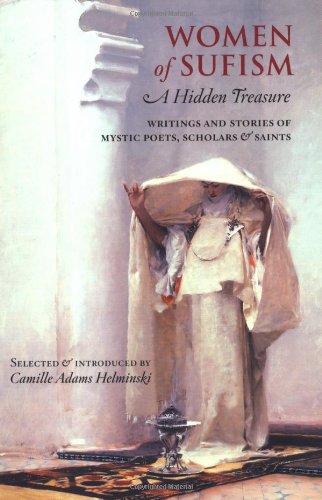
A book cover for Women of Sufism: A Hidden Treasure; Camille Adams Helminski; Religion & Spirituality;